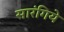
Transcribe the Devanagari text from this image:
सारंगिये